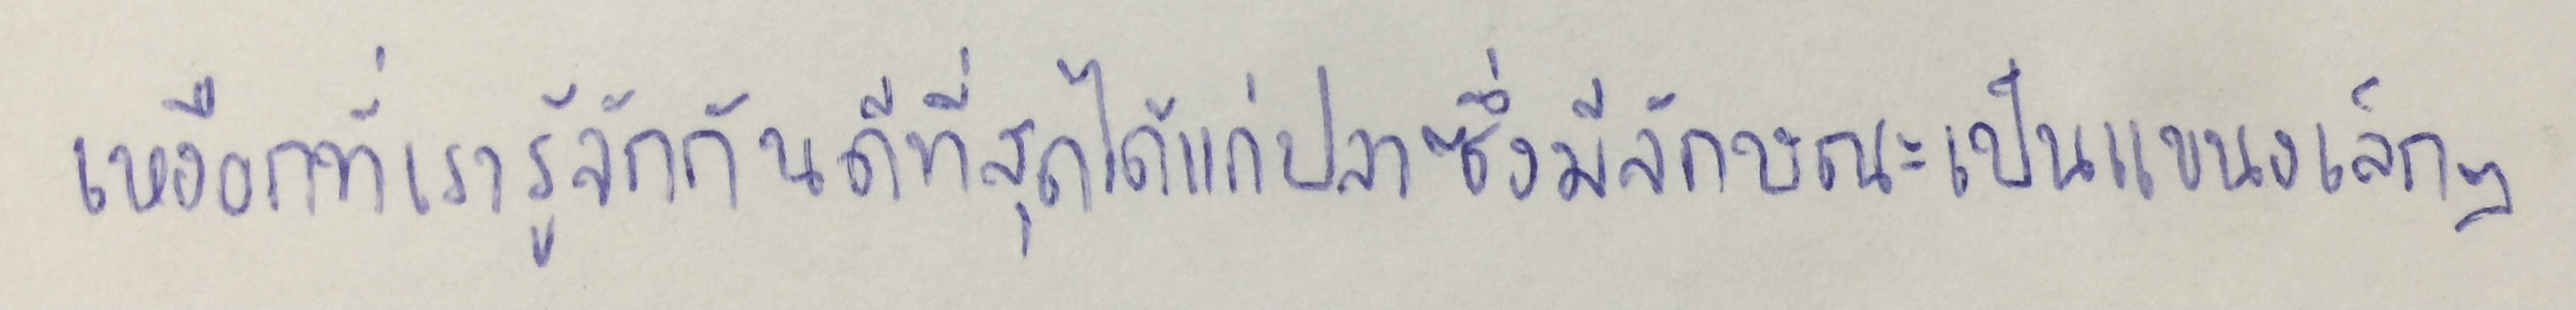
เหงือกที่เรารู้จักกันดีที่สุดได้แก่ปลาซึ่งมีลักษณะเป็นแขนงเล็กๆ